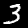
Label: 3